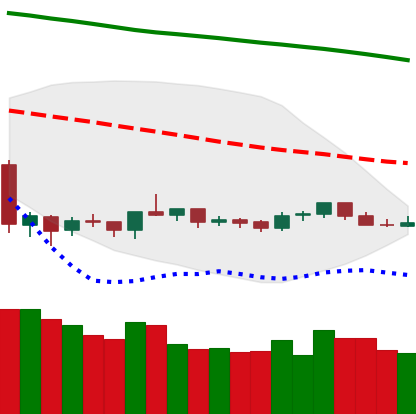
Ticker: NEO-USD
Chart end date: 2019-10-13
Forward return: -3.001%
Label: down_3_5